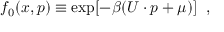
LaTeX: f _ { 0 } ( x , p ) \equiv \exp [ - \beta ( U \cdot p + \mu ) ] \; \; ,